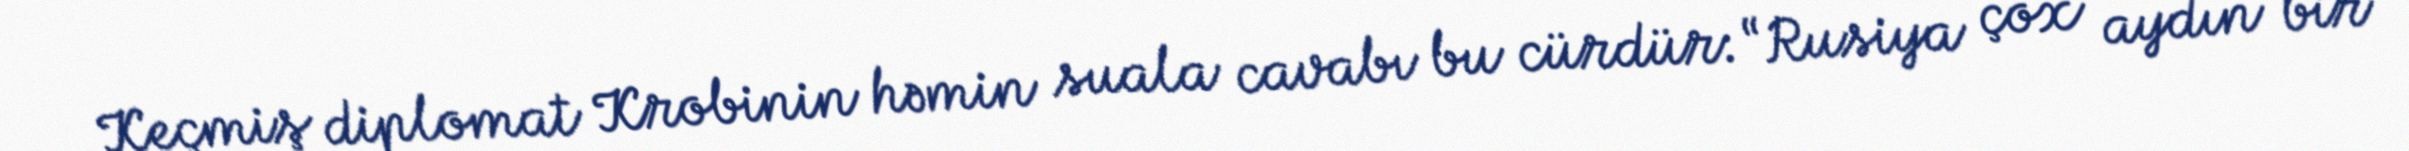
Keçmiş diplomat Krobinin həmin suala cavabı bu cürdür: “Rusiya çox aydın bir